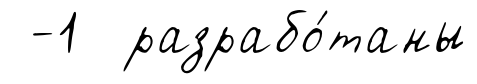
-1 разрабо́таны